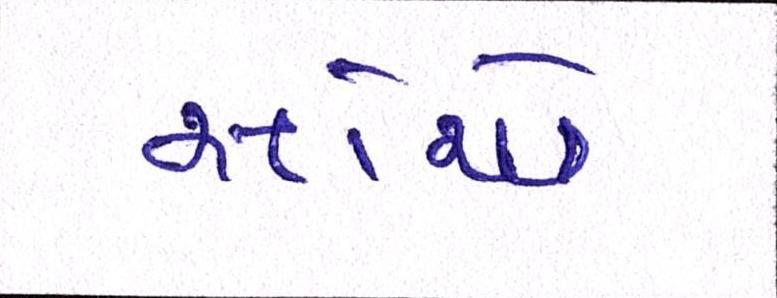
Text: સોએ